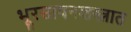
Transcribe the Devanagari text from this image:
भूरसायनशस्त्रात